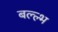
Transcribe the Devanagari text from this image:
बल्ल्भ